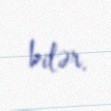
bilər.